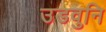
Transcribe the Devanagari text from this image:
उडवुनि